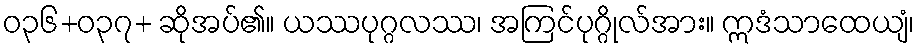
ဝ၃၆+၀၃၇+ ဆိုအပ်၏။ ယဿပုဂ္ဂလဿ၊ အကြင်ပုဂ္ဂိုလ်အား။ ဣဒံသာထေယျံ၊